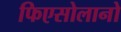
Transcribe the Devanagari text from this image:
फिएसोलानो